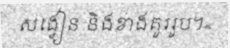
សង្វៀន និងខាងគូររូប។«